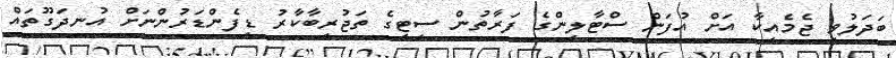
ބަދަލުވި ޖެމެއިކާ އަށް އުފަން ސްޓާލިންގެ ފަރާތުން ސިޓީގެ ތަޖުރިބާކާރު ޑިފެންޑަރުންނަށް އުނދަގޫތައް